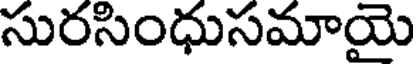
సురసింధుసమాయై